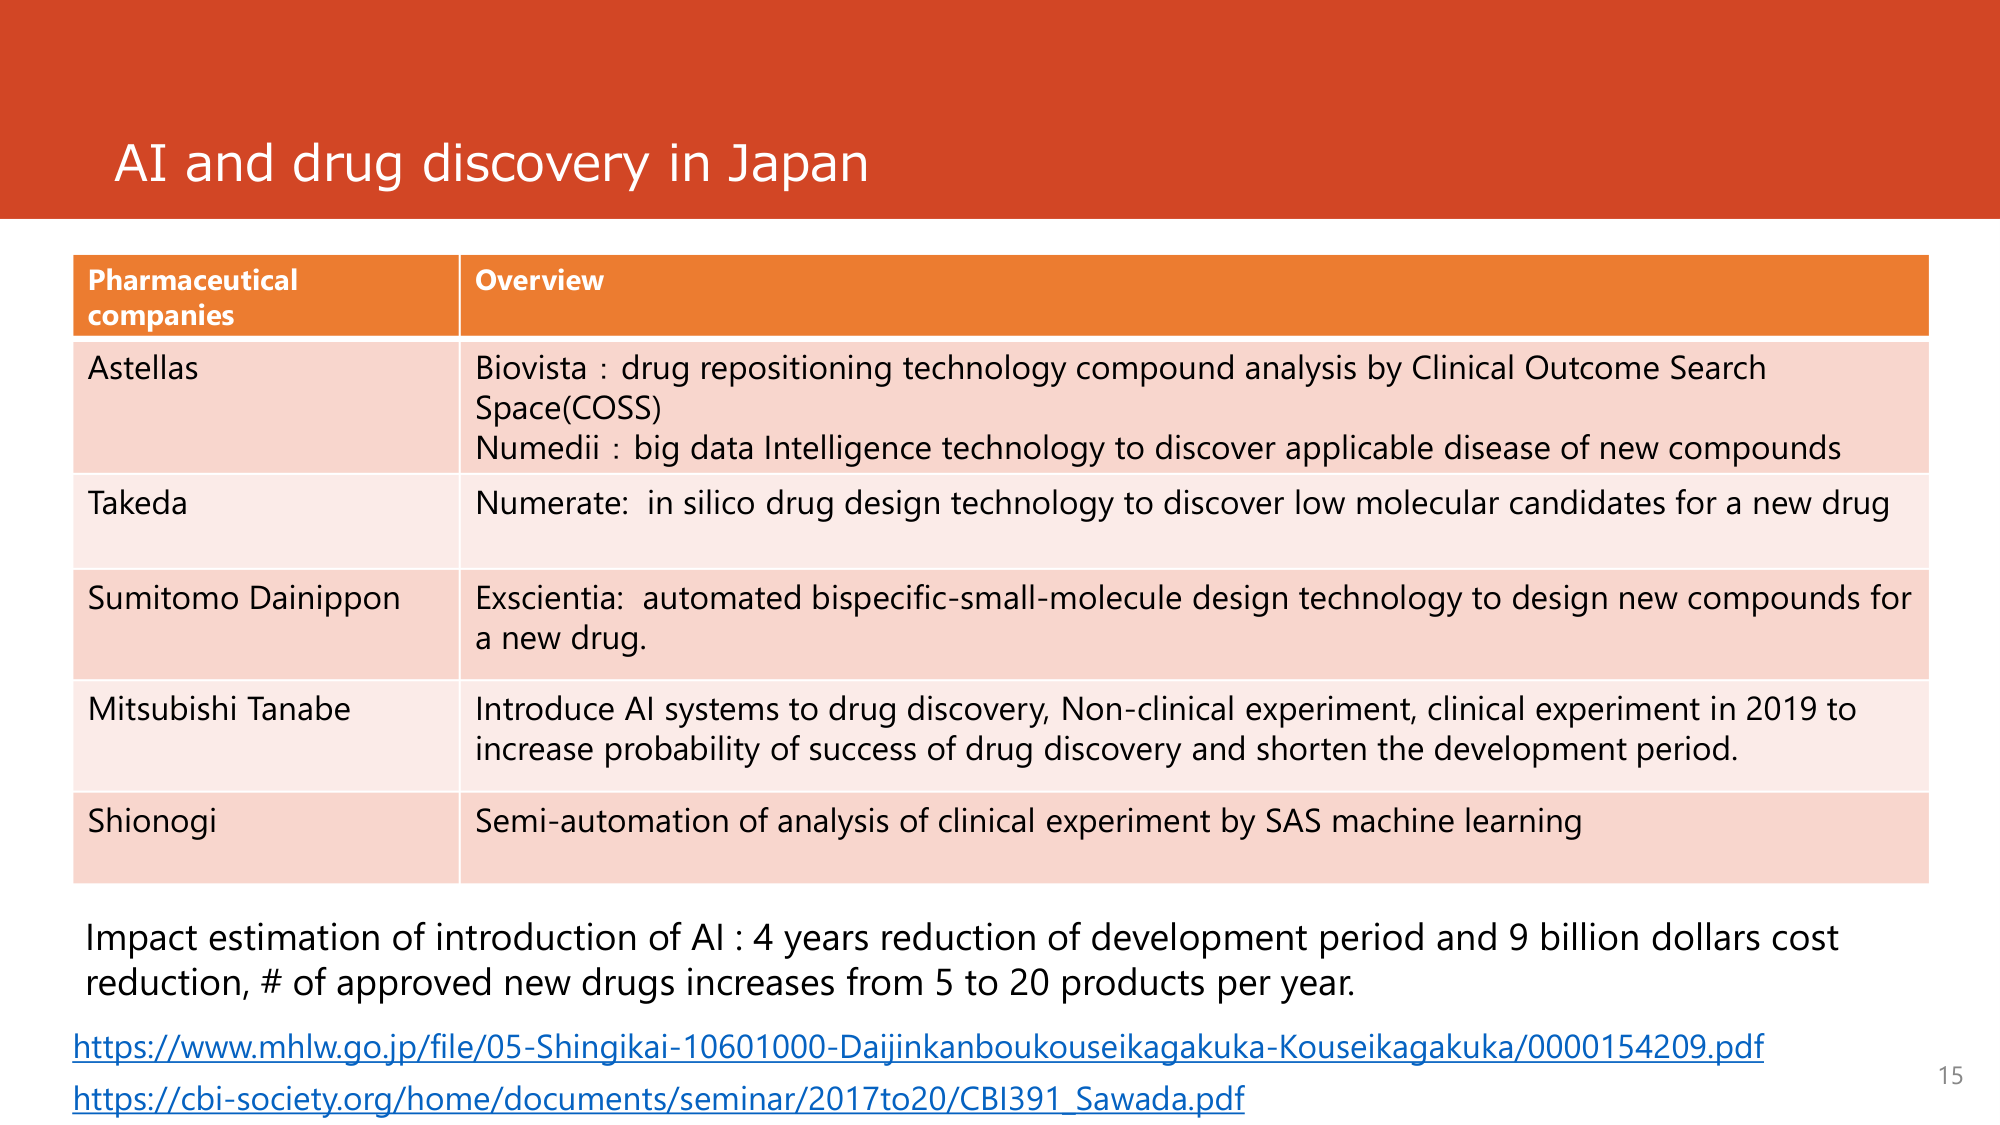
AI and drug discovery in Japan

Pharmaceutical companies	Overview
Astellas	Biovista : drug repositioning technology compound analysis by Clinical Outcome Search Space(COSS)
Numedii : big data Intelligence technology to discover applicable disease of new compounds
Takeda	Numerate: in silico drug design technology to discover low molecular candidates for a new drug
Sumitomo Dainippon	Exscientia: automated bispecific-small-molecule design technology to design new compounds for a new drug.
Mitsubishi Tanabe	Introduce AI systems to drug discovery, Non-clinical experiment, clinical experiment in 2019 to increase probability of success of drug discovery and shorten the development period.
Shionogi	Semi-automation of analysis of clinical experiment by SAS machine learning

Impact estimation of introduction of AI : 4 years reduction of development period and 9 billion dollars cost reduction, # of approved new drugs increases from 5 to 20 products per year.
https://www.mhlw.go.jp/file/05-Shingikai-10601000-Daijinkanboukouseikagakuka-Kouseikagakuka/0000154209.pdf
https://cbi-society.org/home/documents/seminar/2017to20/CBI391_Sawada.pdf
15